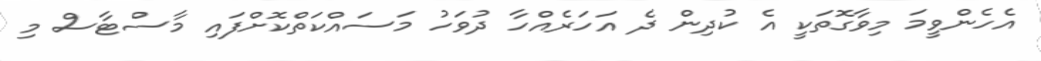
އެހެންވީމަ މިވާގޮތަކީ އެ ކުދިން ދެ އަހަރެއްހާ ދުވަހު މަސައްކަތްކޮށްފައި މާސްޓާސް މި